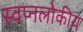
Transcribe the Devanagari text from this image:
स्वप्नलोकीय